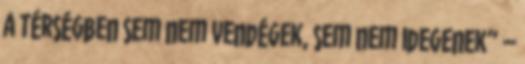
a térségben sem nem vendégek, sem nem idegenek” –